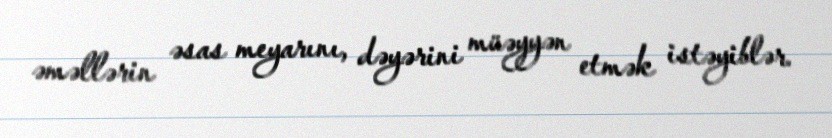
əməllərin əsas meyarını, dəyərini müəyyən etmək istəyiblər.